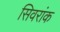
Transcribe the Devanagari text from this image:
सिवरांक